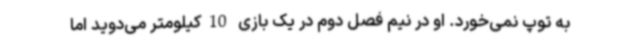
به توپ نمی‌خورد. او در نیم فصل دوم در یک بازی 10کیلومتر می‌دوید اما